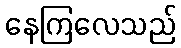
နေကြလေသည်